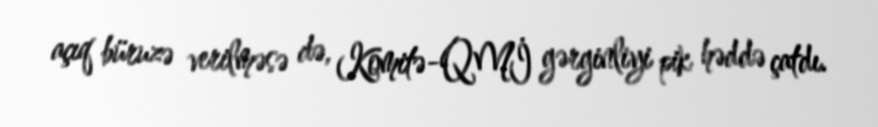
açıq büruzə verilməsə də, Komitə-QMİ gərginliyi pik həddə çatdı.